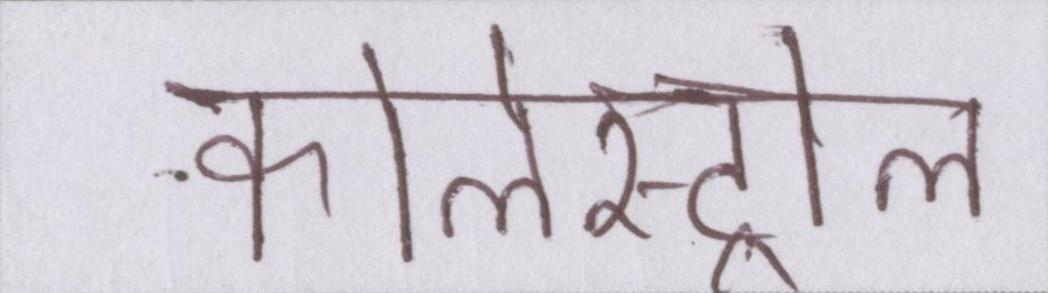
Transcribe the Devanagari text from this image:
कोलेस्ट्रोल